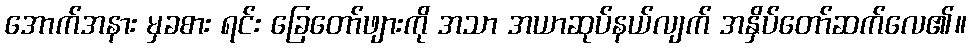
အောက်အနား မှခစား ရင်း ခြေတော်ဖျားကို အသာ အယာဆုပ်နယ်လျက် အနှိပ်တော်ဆက်လေ၏။